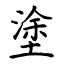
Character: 塗